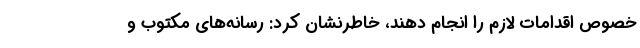
خصوص اقدامات لازم را انجام دهند، خاطرنشان کرد: رسانه‌های مکتوب و